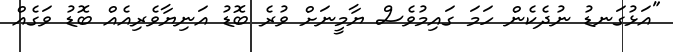
"އަޅުގަނޑު ނުދެކެން ހަމަ ގައިމުވެސް ޔާމީނަށް ވުރެ ބޮޑު އަނިޔާވެރިއެއް ބޮޑު ވަގެއް